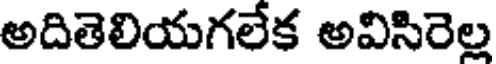
అదితెలియగలేక అవిసిరెల్ల